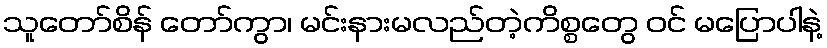
သူတော်စိန် တော်ကွာ၊ မင်းနားမလည်တဲ့ကိစ္စတွေ ဝင် မပြောပါနဲ့